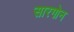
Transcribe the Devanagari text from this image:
सारगोन